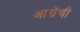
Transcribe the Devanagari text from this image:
आंग्रेंची